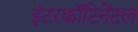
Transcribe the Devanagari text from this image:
इंटरकॉंटिनेंटल